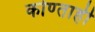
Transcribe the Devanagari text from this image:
कोण्ताही